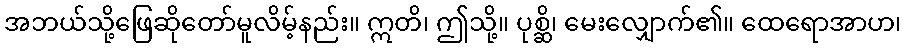
အဘယ်သို့ဖြေဆိုတော်မူလိမ့်နည်း။ ဣတိ၊ ဤသို့။ ပုစ္ဆိ၊ မေးလျှောက်၏။ ထေရောအာဟ၊